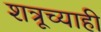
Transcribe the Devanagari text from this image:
शत्रूच्याही